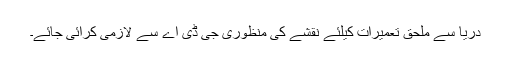
دریا سے ملحق تعمیرات کیلئے نقشے کی منظوری جی ڈی اے سے لازمی کرائی جائے۔